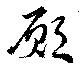
願